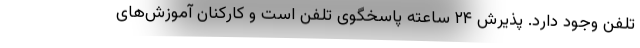
تلفن وجود دارد. پذیرش ۲۴ ساعته پاسخگوی تلفن است و کارکنان آموزش‌های